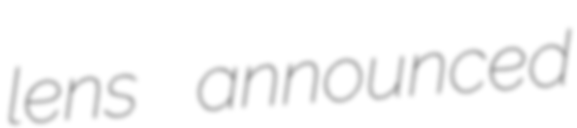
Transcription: lens announced